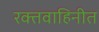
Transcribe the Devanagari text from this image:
रक्तवाहिनीत